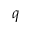
q